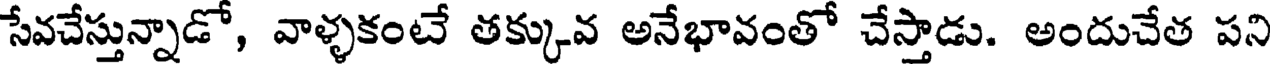
సేవచేస్తున్నాడో, వాళ్ళకంటే తక్కువ అనేభావంతో చేస్తాడు. అందుచేత పని